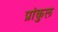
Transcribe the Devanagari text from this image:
प्रांकुल